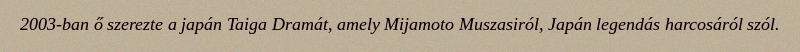
2003-ban ő szerezte a japán Taiga Dramát, amely Mijamoto Muszasiról, Japán legendás harcosáról szól.